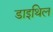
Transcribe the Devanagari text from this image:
डाइथिल